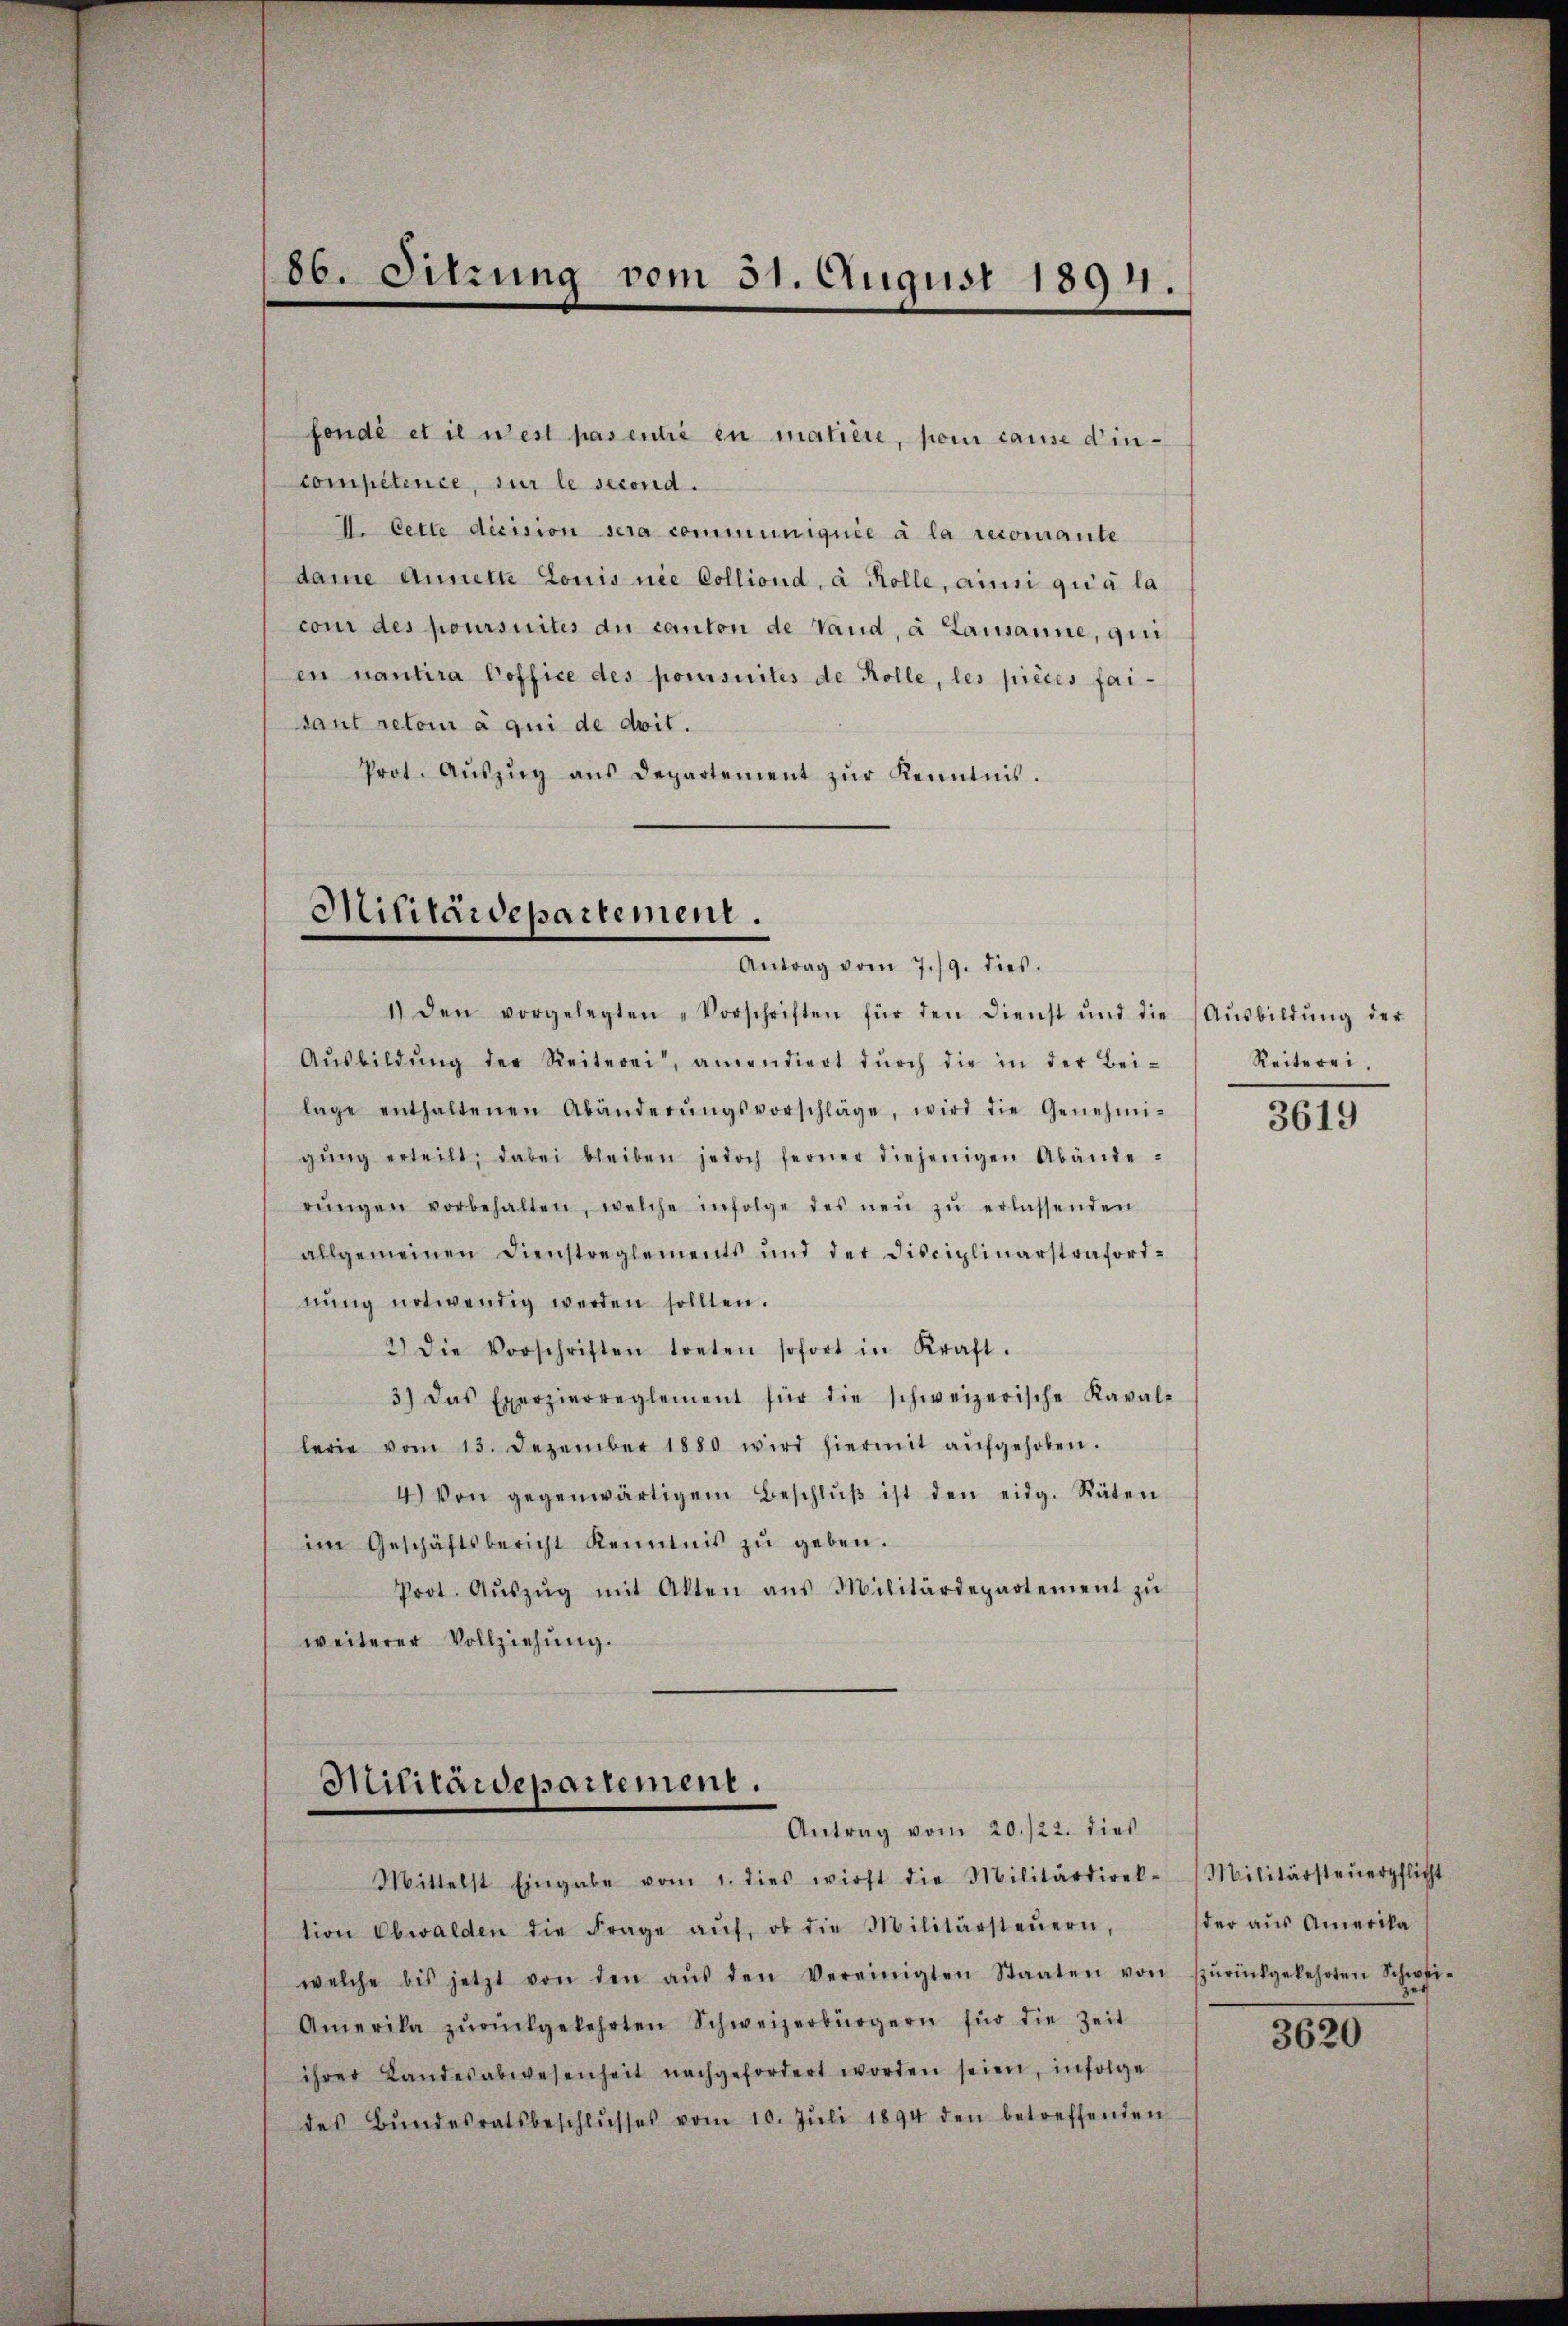
86. Sitzung vom 31. August 1894.

fondé et il n’est pas entie in matière, pour cause d’in-
compétence, sur le second.
I. Cette dicision sera communiquée à la recomante
dame Annelle Louis nie Colliond, à Kolle, ainsi qui a la
cour des poursuites du canton de Vaud, à Lausanne, qui
en nantira Poffice des poursuites de Rolle, les pièces faisaut retoir à qui de doit.
Prot. Aŭszŭg ans Departement zŭr Kenntnis.

Militärdepartement.
Antrag vom 7./9. dies

1) den vorgelegten „Vorschriften für den Dienst und die Aŭsbildŭng der
Aŭsbildŭng der Reiterei, amendiert dŭrch die in der Bei-
lage enthaltenen Abänderŭngsvorschläge, wird die Genehmi-
gŭng erteilt; dabei bleiben jedoch ferner diejenigen Abände-
rŭngen vorbehalten, welche infolge des neŭ zŭ erlassenden
allgemeinen Dienstreglements und der Disciplinarstrafortnŭng notwendig werden sollten.
2.) Die Vorschriften treten sofort in Kraft.
3) Das Exerzierreglement für die schweizerische Kaval-
lerie vom 13. Dezember 1880 wird hiermit aŭfgehoben.
4.) Von gegenwärtigem Beschlŭβ ist den eidg. Räten
im Geschäftsbericht Kenntnis zŭ geben.
Prot. Aŭszŭg mit Akten ans Militärdepartement zŭ
weiterer Vollziehŭng.

Militärdepartement.
Antrag vom 20./22. dies

Mittelst Eingabe vom 1. dies wirst die Militärdirek-Militärsteŭerpflicht
tion Obwalden die Frage aŭf, ob die Militärsteŭern, der aŭs Amerika
welche bis jetzt von den aŭs den Vereinigten Staaten von zŭrückgekehrten Schwei-
Amerika zŭrückgekehrten Schweizerbürgern für die Zeit
ihrer Landesabwesenheit nachgefordert worden seien, infolge
des Bŭndesratsbeschlŭsses vom 10. Jŭli 1894 den betreffenden

Reiterei.

3619

3620